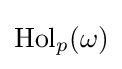
\operatorname {Hol} _{p}(\omega )